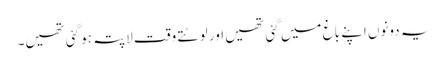
یہ دونوں اپنے باغ میں گئی تھیں اور لوٹتے وقت لاپتہ ہو گئی تھیں۔